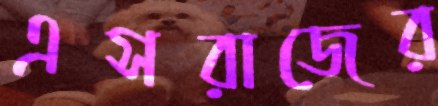
এসরাজের